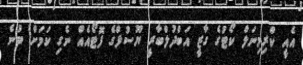
އެއީ ކްރިމިނަލް ކޯޓުގެ ގާޒީ އަބްދުލްބާރީ ޔޫސުފްގެ ފޮޓޯއެއް ނެގި ކަމަށް ބުނެ